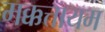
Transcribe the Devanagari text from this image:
मक्कत्तायम